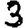
Digit: 3